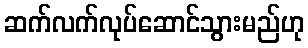
ဆက်လက်လုပ်ဆောင်သွားမည်ဟု